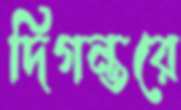
দিগন্তরে